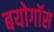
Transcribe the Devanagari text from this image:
बयोगॉस